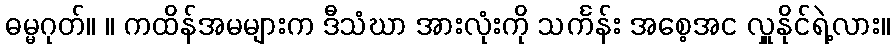
ဓမ္မဂုတ်။ ။ ကထိန်အမများက ဒီသံဃာ အားလုံးကို သင်္ကန်း အစေ့အင လှူနိုင်ရဲ့လား။